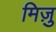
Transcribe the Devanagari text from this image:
मिज़ु